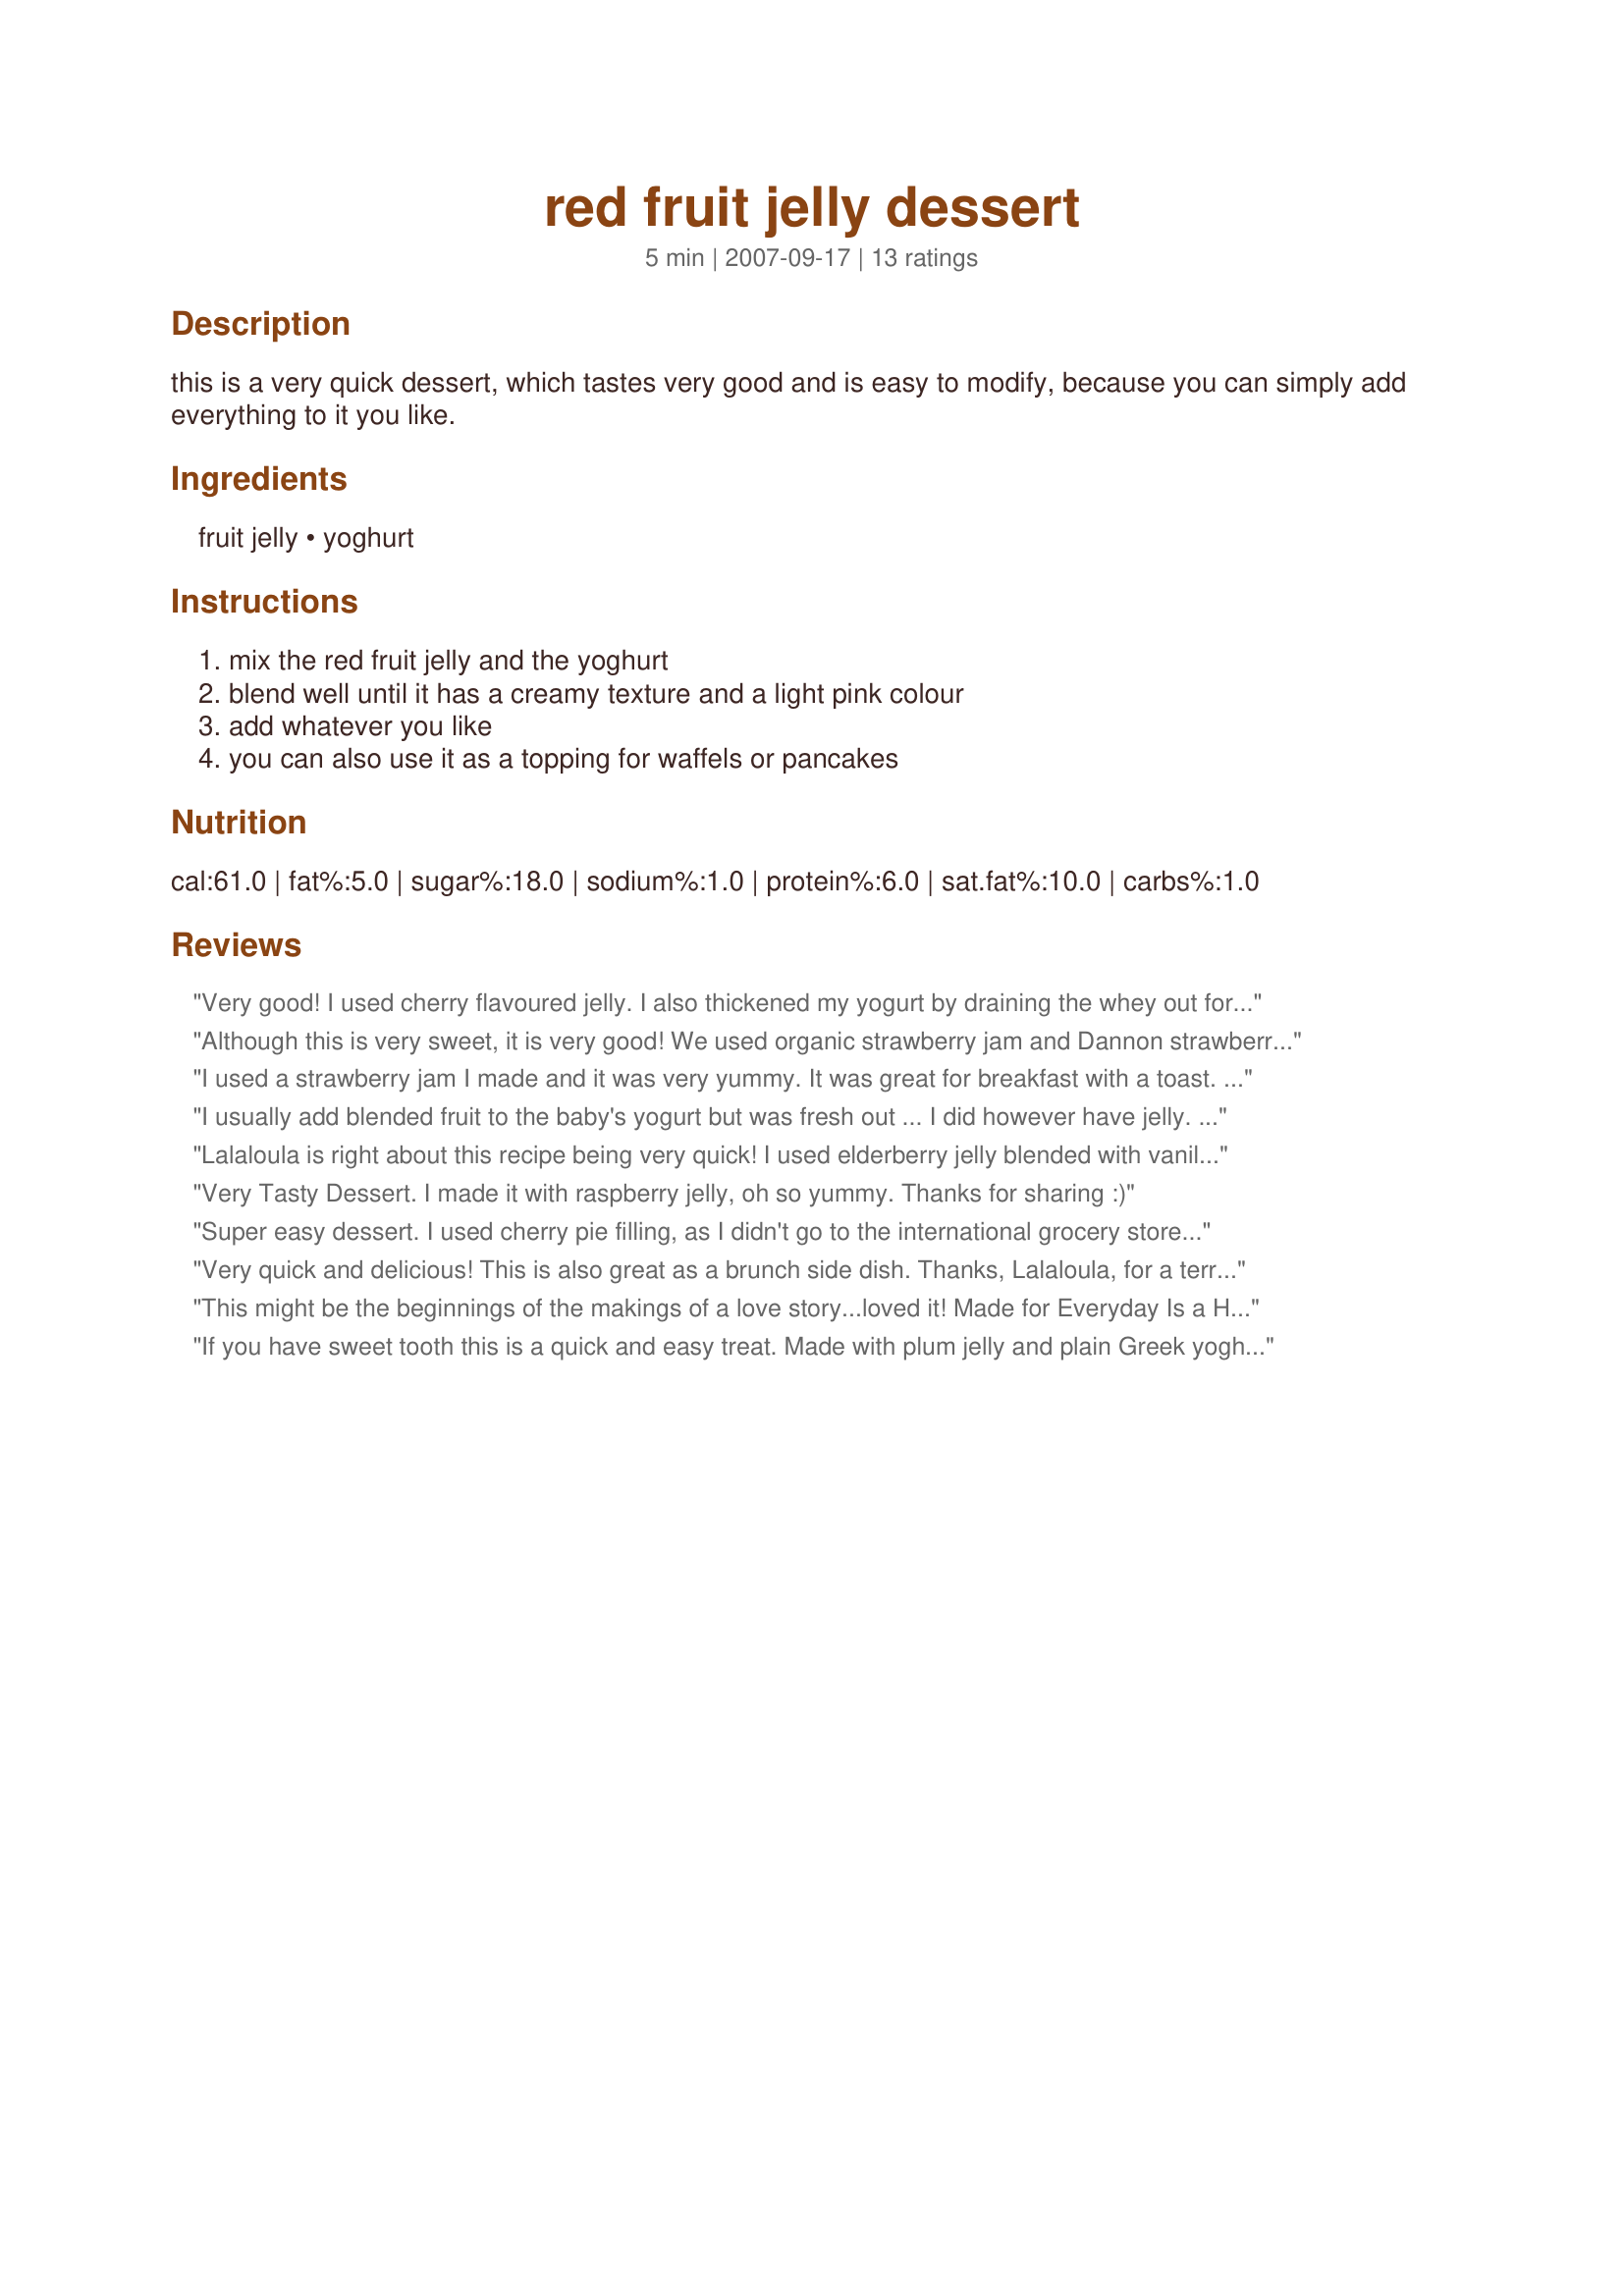
red fruit jelly dessert
Preparation time: 5 minutes

this is a very quick dessert, which tastes very good and is easy to modify, because you can simply add everything to it you like.

Ingredients:
fruit jelly, yoghurt

Steps:
mix the red fruit jelly and the yoghurt, blend well until it has a creamy texture and a light pink colour, add whatever you like, you can also use it as a topping for waffels or pancakes

Reviews:
Very good! I used cherry flavoured jelly. I also thickened my yogurt by draining the whey out for a few hours.
Although this is very sweet, it is very good! We used organic strawberry jam and Dannon strawberry yogurt. We dipped fresh strawberries in it, and we even dipped some bacon in it and it was a WOW! (It was Buddha's idea for the bacon, but you know guys and bacon, lol). Turned out wonderful. So if your serving waffles with bacon, and use this over your waffles, don't worry if it gets onto the bacon, it will taste great too! We felt it would go great over ice cream or even as a dip for graham crackers. Many possibilities, thanks for sharing. Made for Photo Tag.
I used a strawberry jam I made and it was very yummy. It was great for breakfast with a toast. Thanks lalaloula :) Made for the Australian Recipe swap for September 2011
I usually add blended fruit to the baby's yogurt but was fresh out ... I did however have jelly. Made this for her and had some myself. I can think of a ton of ways to use this - Thanks
Lalaloula is right about this recipe being very quick! I used elderberry jelly blended with vanilla yogurt and is was lip smacking delicious!
Thanks for posting! This recipe was made for the "Potluck Tag (January) - Bring a Friend Event!!!"
Very Tasty Dessert. I made it with raspberry jelly, oh so yummy.
Thanks for sharing :)
Super easy dessert. I used cherry pie filling, as I didn't go to the international grocery store to buy the jelly that Lalaloula was speaking of (she said that it is not quite preserves and is not quite pie filling, but is definitely not jello for those of you in the USA). I topped our with some nuts and we were good to go! I think it would be much better with vanilla yogurt than with plain as I did. Made for VEG*N tag.
Very quick and delicious! This is also great as a brunch side dish. Thanks, Lalaloula, for a terrific recipe! Made for Veggie Recipe Swap.
This might be the beginnings of the makings of a love story...loved it! Made for Everyday Is a Holiday.
If you have sweet tooth this is a quick and easy treat. Made with plum jelly and plain Greek yoghurt, yum. And Loula is correct this would make a great topping for pancakes or waffles. Thanks so much for the post.
I stirred together Oregon-made Nancy's whole milk yogurt and my homemade strawberry jam! First taste test was with apple slices and then I served the mixture over fresh local raspberries! Yum! Will make again! Reviewed for Veg Tag/July.
A lovely new dessert! Lalaloula was kind enough to explain to me that the red fruit jelly mentioned here is not really jam or jello, but fruit cooked with sugar (like for a crumble or cobbler). Unfortunately the closest I had was high-fruit strawberry jam and it was great with that but I can't wait to make it properly with fresh strawberries next summer! Thanks for a healthy yummy dessert!
Love this recipe
